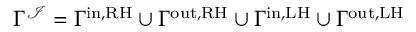
\Gamma ^ { \mathcal { I } } = \Gamma ^ { \mathrm { i n , R H } } \cup \Gamma ^ { \mathrm { o u t , R H } } \cup \Gamma ^ { \mathrm { i n , L H } } \cup \Gamma ^ { \mathrm { o u t , L H } }